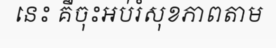
នេះ គឺចុះអប់រំសុខភាពតាម